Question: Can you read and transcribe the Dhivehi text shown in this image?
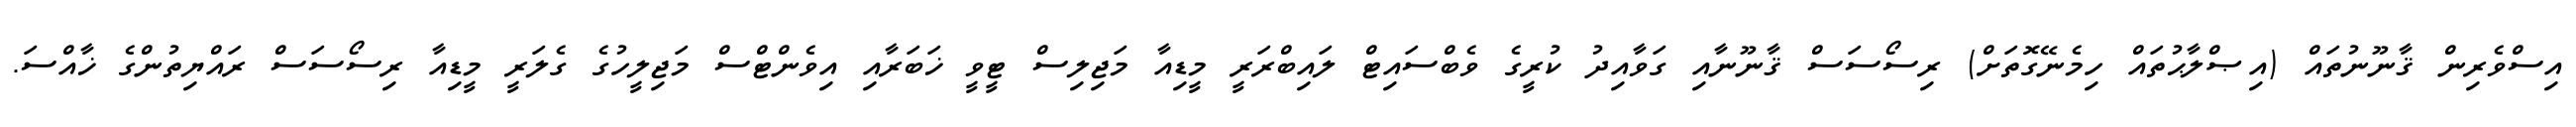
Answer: އިސްވެރިން ޤާނޫނުތައް (އިޞްލާޙުތައް ހިމެނޭގޮތަށް) ރިސޯސަސް ޤާނޫނާއި ގަވާއިދު ކުރީގެ ވެބްސައިޓް ލައިބްރަރީ މީޑިއާ މަޖިލިސް ޓީވީ ޚަބަރާއި އިވެންޓްސް މަޖިލީހުގެ ގެލަރީ މީޑިއާ ރިސޯސަސް ރައްޔިތުންގެ ޚާއްސަ.